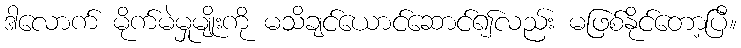
ဒါလောက် မိုက်မဲမှုမျိုးကို မသိချင်ယောင်ဆောင်၍လည်း မဖြစ်နိုင်တော့ပြီ။